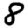
Digit: 8